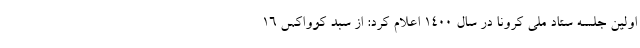
اولین جلسه ستاد ملی کرونا در سال ۱۴۰۰ اعلام کرد: از سبد کوواکس ۱۶